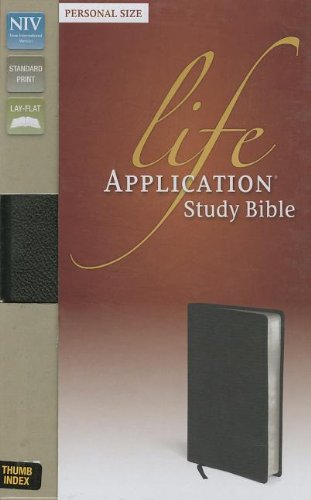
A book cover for NIV Life Application Study Bible, Indexed(Personal size); Zondervan; Christian Books & Bibles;